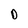
Character: D